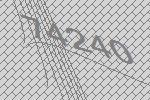
74240